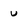
Character: u